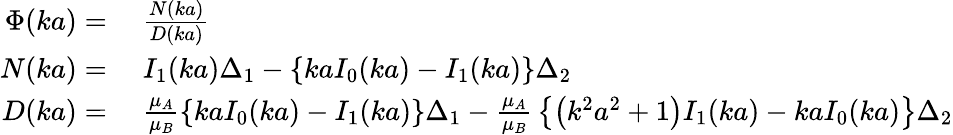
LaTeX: \begin{array}{rl}{\Phi(ka)={}}&{{}{\frac{N(ka)}{D(ka)}}}\\ {N(ka)={}}&{{}I_{1}(ka)\Delta_{1}-\{ kaI_{0}(ka)-I_{1}(ka)\} \Delta_{2}}\\ {D(ka)={}}&{{}{\frac{\mu_{A}}{\mu_{B}}}\{ kaI_{0}(ka)-I_{1}(ka)\} \Delta_{1}-{\frac{\mu_{A}}{\mu_{B}}}\left\{ \left(k^{2}a^{2}+1\right)I_{1}(ka)-kaI_{0}(ka)\right\} \Delta_{2}}\end{array}